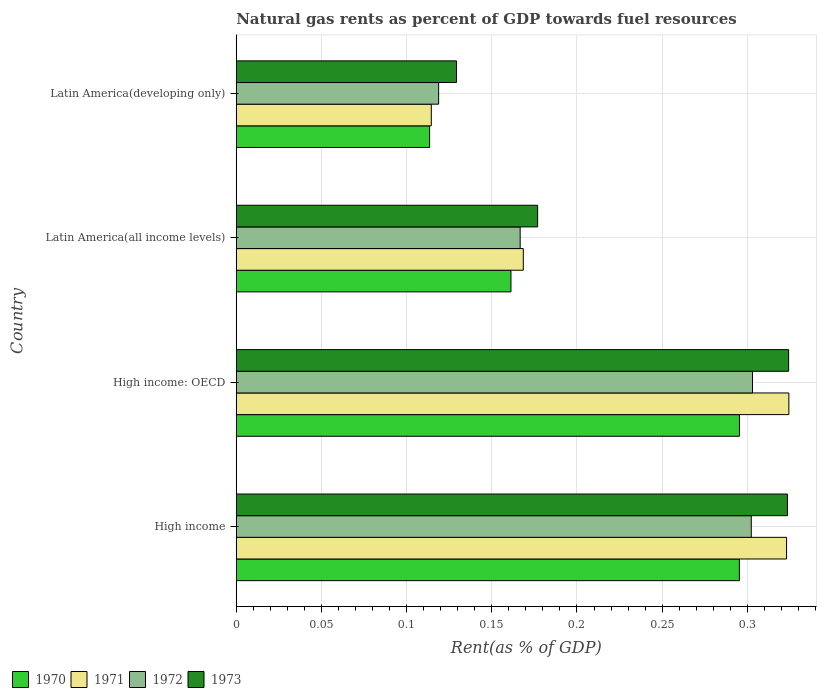
| Country | 1970 | 1971 | 1972 | 1973 |
 | --- | --- | --- | --- | --- |
 | High income | 0.295 | 0.323 | 0.302 | 0.324 |
 | High income: OECD | 0.295 | 0.324 | 0.303 | 0.324 |
 | Latin America(all income levels) | 0.161 | 0.168 | 0.167 | 0.177 |
 | Latin America(developing only) | 0.114 | 0.114 | 0.119 | 0.129 |